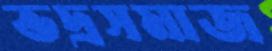
ভদ্রসমাজ